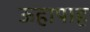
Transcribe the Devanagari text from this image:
ऊहापाह